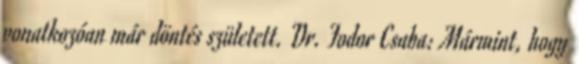
vonatkozóan már döntés született. Dr. Fodor Csaba: Mármint, hogy